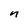
Character: n